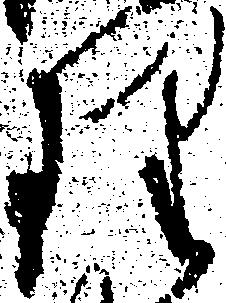
理